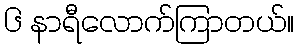
၆ နာရီလောက်ကြာတယ်။